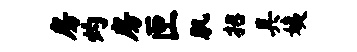
房灼房匣肌招具姨